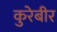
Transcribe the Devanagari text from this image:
कुरेबीर